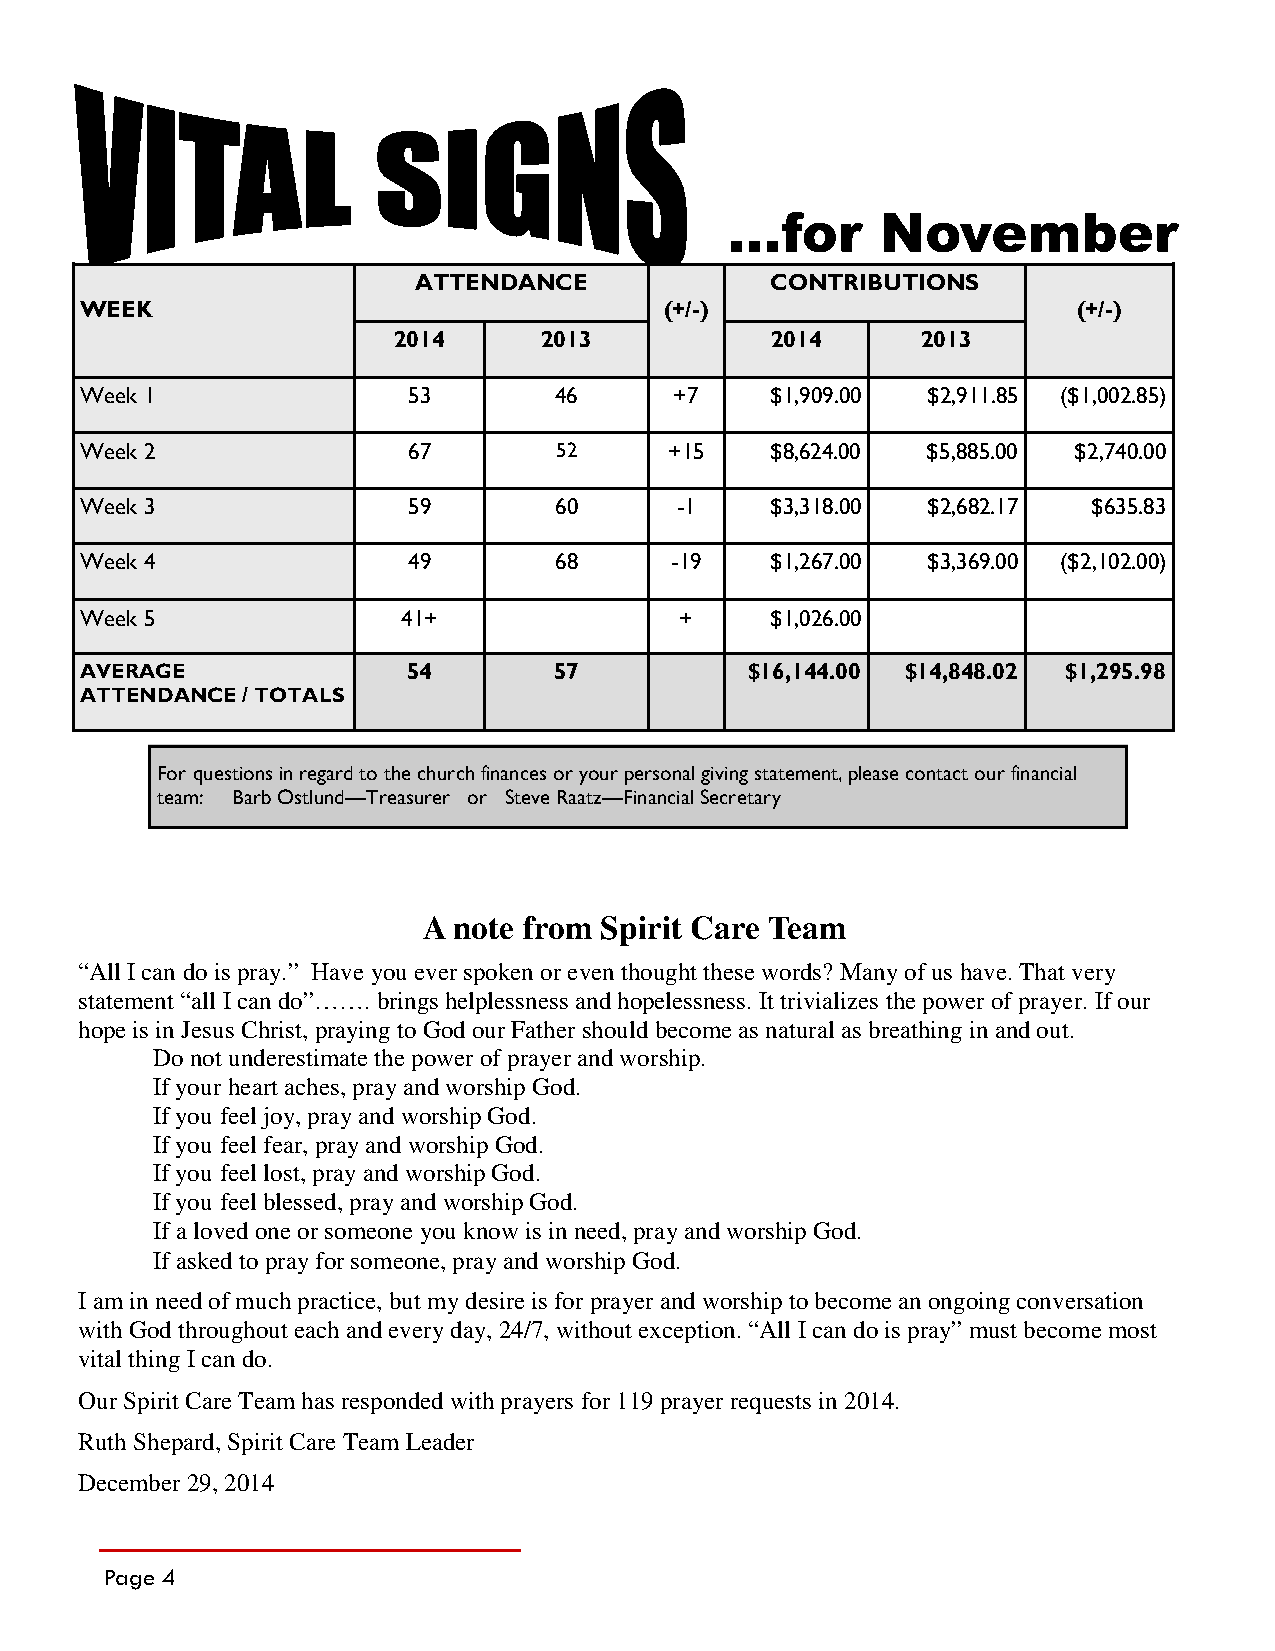
…for      November
 ATTENDANCE              CONTRIBUTIONS
 WEEK                                   (+/-)                      (+/-)
 2014      2013           2014      2013
 Week 1                53        46      +7    $1,909.00 $2,911.85 ($1,002.85)
 Week 2                67        52     +15    $8,624.00 $5,885.00 $2,740.00
 Week 3                59        60      -1    $3,318.00 $2,682.17  $635.83
 Week 4                49        68     -19    $1,267.00 $3,369.00 ($2,102.00)
 Week 5                41+               +     $1,026.00
 AVERAGE               54        57           $16,144.00 $14,848.02 $1,295.98
 ATTENDANCE / TOTALS
 For questions in regard to the church finances or your personal giving statement, please contact our financial
 team: Barb Ostlund—Treasurer or Steve Raatz—Financial Secretary
 A note from Spirit Care Team
 “All I can do is pray.” Have you ever spoken or even thought these words? Many of us have. That very
 statement “all I can do”……. brings helplessness and hopelessness. It trivializes the power of prayer. If our
 hope is in Jesus Christ, praying to God our Father should become as natural as breathing in and out.
 Do not underestimate the power of prayer and worship.
 If your heart aches, pray and worship God.
 If you feel joy, pray and worship God.
 If you feel fear, pray and worship God.
 If you feel lost, pray and worship God.
 If you feel blessed, pray and worship God.
 If a loved one or someone you know is in need, pray and worship God.
 If asked to pray for someone, pray and worship God.
 I am in need of much practice, but my desire is for prayer and worship to become an ongoing conversation
 with God throughout each and every day, 24/7, without exception. “All I can do is pray” must become most
 vital thing I can do.
 Our Spirit Care Team has responded with prayers for 119 prayer requests in 2014.
 Ruth Shepard, Spirit Care Team Leader
 December 29, 2014
 Page 4